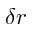
\delta r